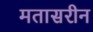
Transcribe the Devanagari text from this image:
मतासरीन